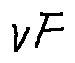
v F